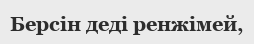
Берсін деді ренжімей,